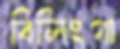
বিলিংগা